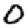
Digit: 0